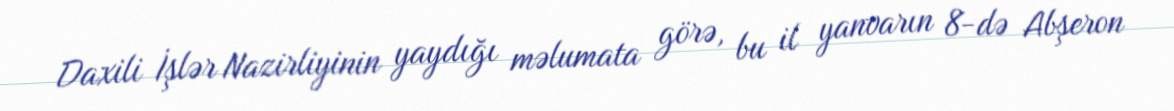
Daxili İşlər Nazirliyinin yaydığı məlumata görə, bu il yanvarın 8-də Abşeron